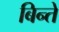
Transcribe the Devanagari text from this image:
बिन्ते